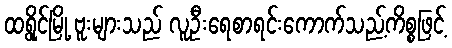
ထရွိုင်မြို့ ဗူးများသည် လူဦးရေစာရင်းကောက်သည့်ကိစ္စဖြင့်